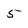
Character: 5